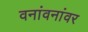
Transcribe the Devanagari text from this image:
वनांवनांवर